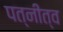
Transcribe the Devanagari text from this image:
पत्नीत्व